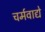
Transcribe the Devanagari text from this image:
चर्मवाद्ये